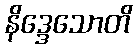
နိဒ္ဒေသောတိ